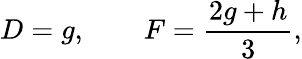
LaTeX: D=g,\qquad F=\frac{2g+h}{3},